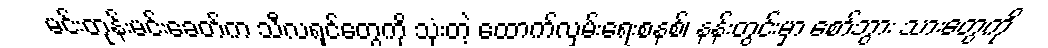
မင်းတုန်းမင်းခေတ်က သီလရှင်တွေကို သုံးတဲ့ ထောက်လှမ်းရေးစနစ်၊ နန်းတွင်းမှာ စော်ဘွား သားတွေကို